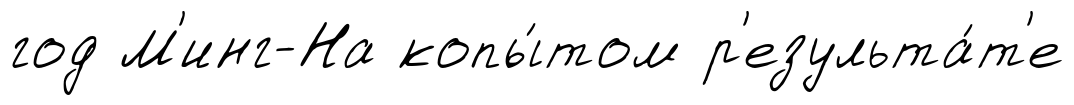
год М'инг-На копы́том р'езульта́т'е